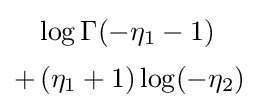
{\begin{aligned}&\log \Gamma (-\eta _{1}-1)\\[2pt]+&\left(\eta _{1}+1\right)\log(-\eta _{2})\end{aligned}}